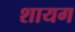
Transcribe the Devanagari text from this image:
शायग